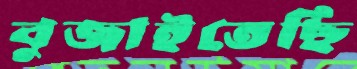
বুজাইতেছি